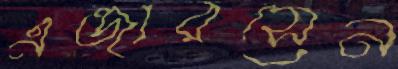
এন্ডারসেন